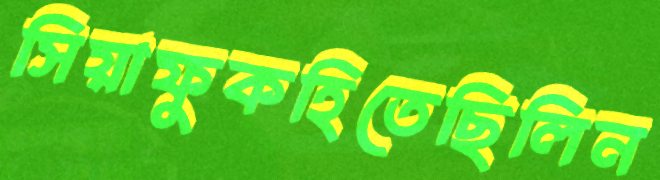
সিয়াফুকহিতেছিলিন